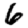
Digit: 6